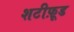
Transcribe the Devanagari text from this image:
शटीफ़ूड